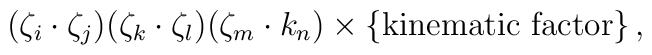
(\zeta_i \cdot \zeta_j)(\zeta_k \cdot \zeta_l)(\zeta_m \cdot k_n)\times \{ \mbox{kinematic factor} \}\,,